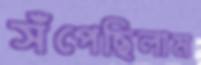
সঁপেছিলাম